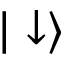
| \downarrow \rangle